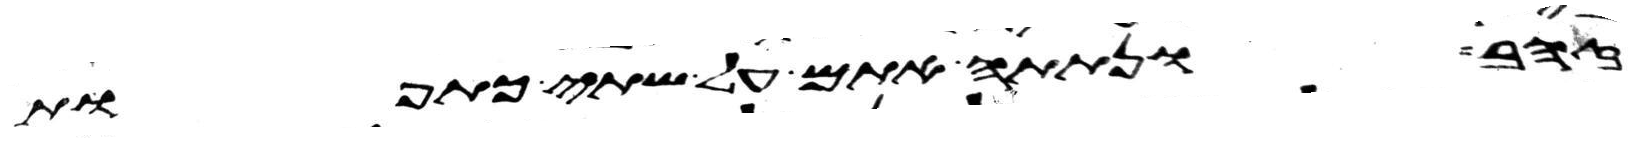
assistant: זהב ונתתה אתם על שתי כתפות